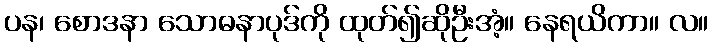
ပန၊ စောဒနာ သောဓနာပုဒ်ကို ထုတ်၍ဆိုဦးအံ့။ နေရယိကာ။ လ။